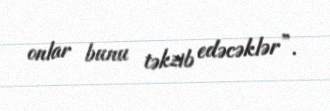
onlar bunu təkzib edəcəklər”.